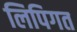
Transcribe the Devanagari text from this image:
लिपिगत